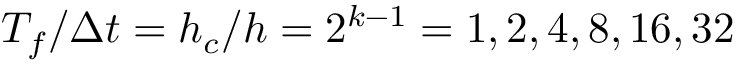
T _ { f } / \Delta t = h _ { c } / h = 2 ^ { k - 1 } = 1 , 2 , 4 , 8 , 1 6 , 3 2